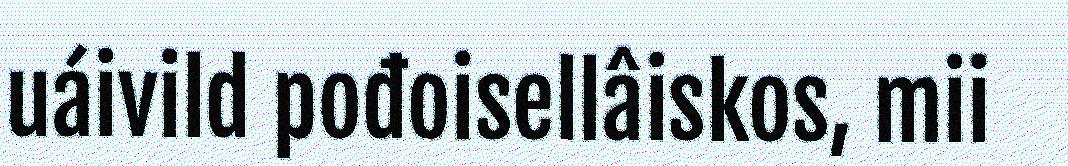
uáivild pođoisellâiskos, mii